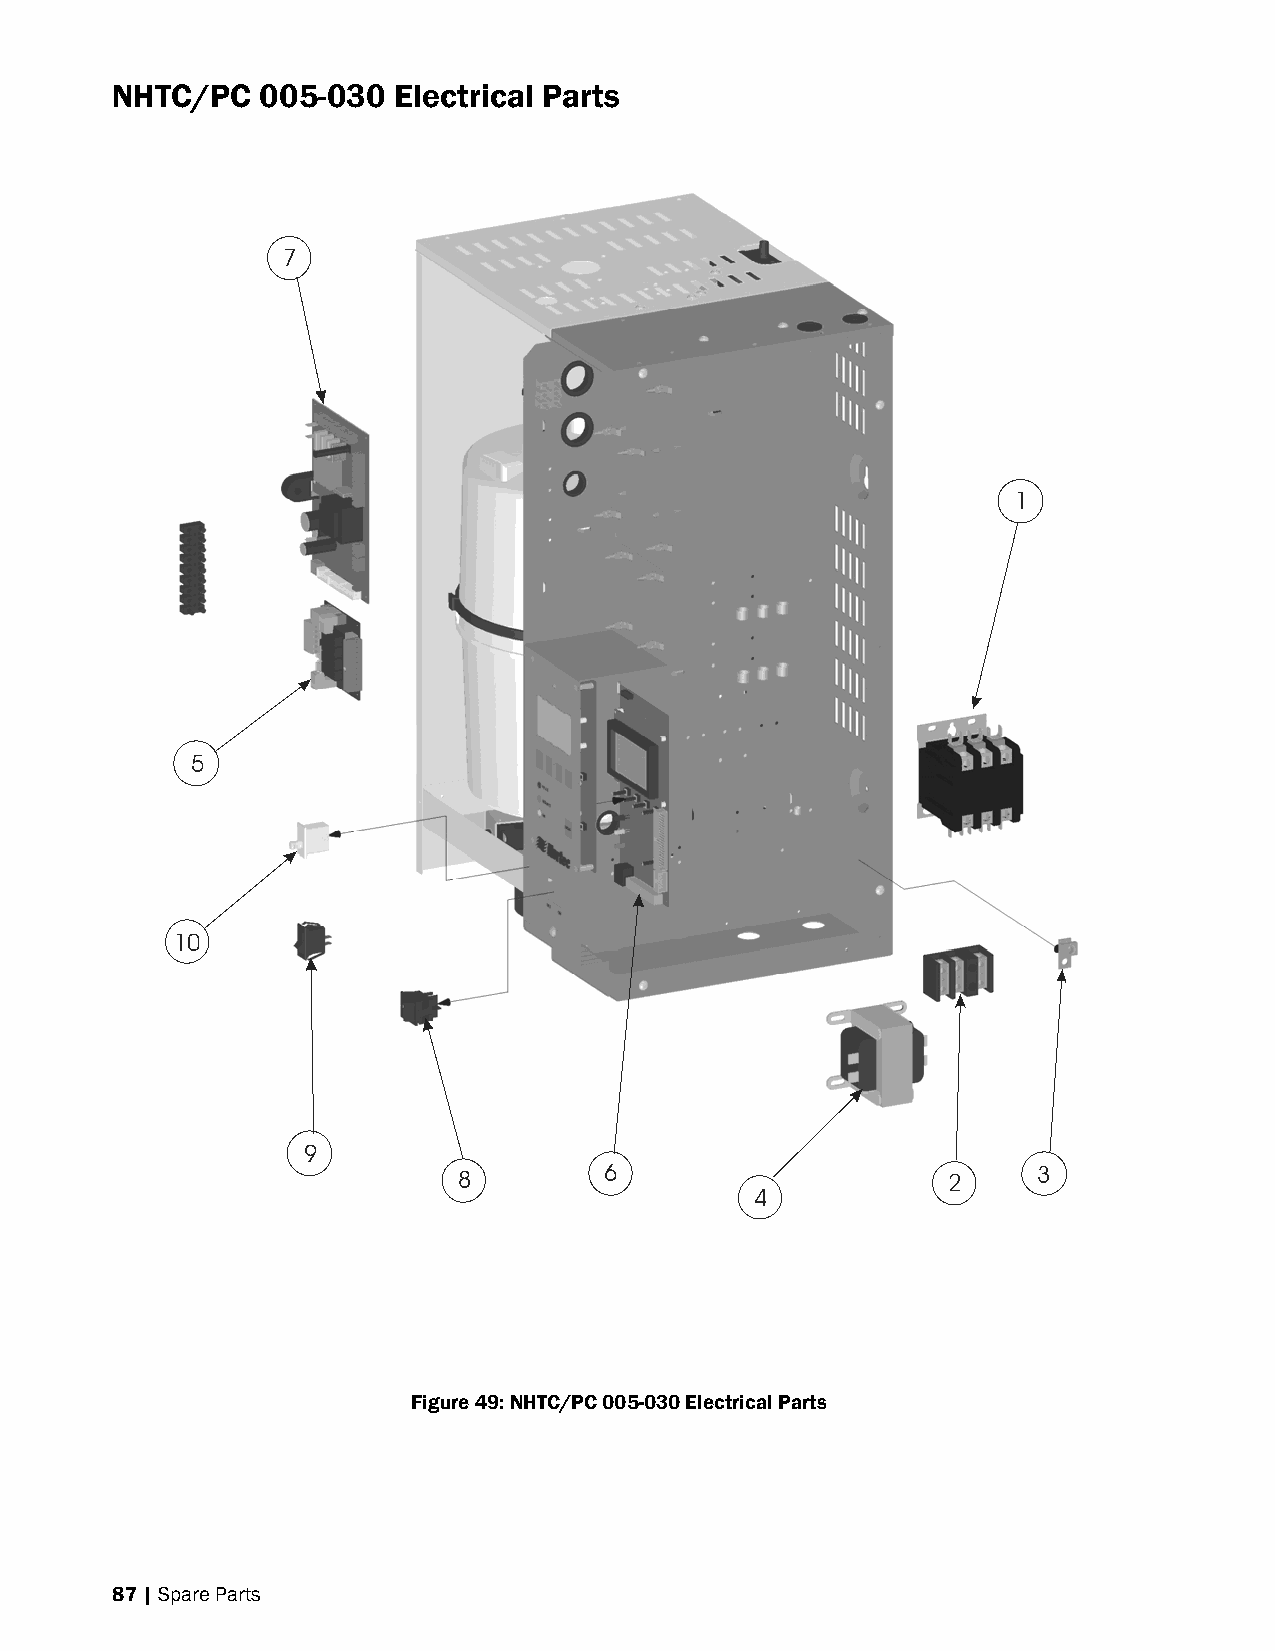
NHTC/PC   005-030  Electrical Parts
 7
 1
 5
 10
 9
 8         6                      2     3
 4
 Figure 49: NHTC/PC 005-030 Electrical Parts
 87 | Spare Parts